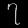
Digit: ၇